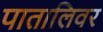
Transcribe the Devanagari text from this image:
पातालिवर